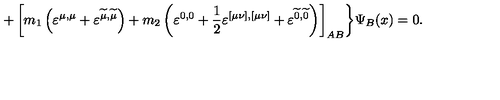
+ \left[ m _ { 1 } \left( \varepsilon ^ { \mu , \mu } + \varepsilon ^ { \widetilde { \mu } , \widetilde { \mu } } \right) + m _ { 2 } \left( \varepsilon ^ { 0 , 0 } + \frac 1 2 \varepsilon ^ { [ \mu \nu ] , [ \mu \nu ] } + \varepsilon ^ { \widetilde { 0 } , \widetilde { 0 } } \right) \right] _ { A B } \biggr \} \Psi _ { B } ( x ) = 0 .